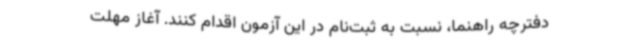
دفترچه راهنما، نسبت به ثبت‌نام در این آزمون اقدام کنند. آغاز مهلت